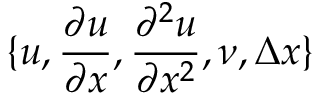
\{ u , \frac { \partial u } { \partial x } , \frac { \partial ^ { 2 } u } { \partial x ^ { 2 } } , \nu , \Delta x \}